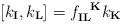
LaTeX: \begin{align*}[k_\mathbf{I}, k_\mathbf{L}]= f_{\mathbf{I} \mathbf{L}}^{\ \ \mathbf{K}} k_\mathbf{K}\end{align*}